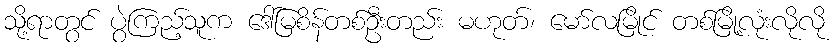
သို့ရာတွင် ပွဲကြည့်သူက ဒေါ်မြစိန်တစ်ဦးတည်း မဟုတ်၊ မော်လမြိုင် တစ်မြို့လုံးလိုလို